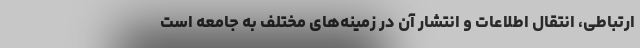
ارتباطی، انتقال اطلاعات و انتشار آن در زمینه‌های مختلف به جامعه است